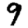
Digit: 9